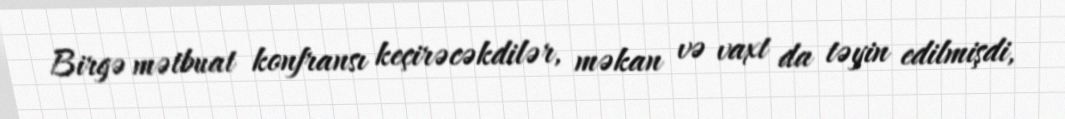
Birgə mətbuat konfransı keçirəcəkdilər, məkan və vaxt da təyin edilmişdi,